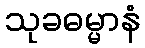
သုခဓမ္မာနံ